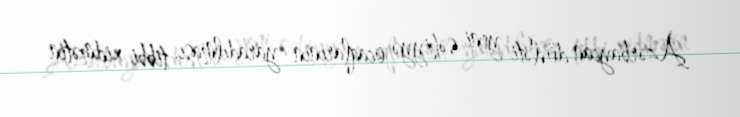
Azərbaycan dövləti yeni səhiyyə ocaqlarının yaradılması, tibbi xidmətin